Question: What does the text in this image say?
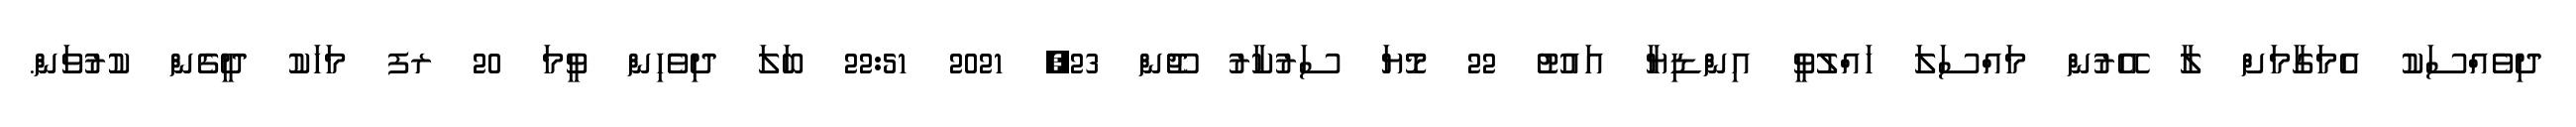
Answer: ދިވެއްސަކު އެމަގާމަށް ލާ އޭރުން މައްސަލަ ހައްލުވީ އިންޑިޔާ އައުޓު 22 މޮޔަ ސަރުކާރު ޖޫން 23, 2021 22:51 ބަލަ ދިވެހިން ވީމަ 20 ރފ މަހަކު ދީގެން ކުރުވަން.